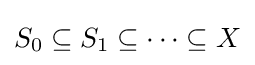
S_{0}\subseteq S_{1}\subseteq \cdots \subseteq X